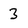
Character: 3